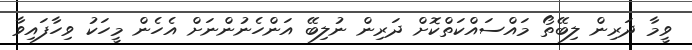
ވީމާ ދަރިން ލިބޭތޯ މައްސައްކަތްކޮށް ދަރިން ނުލިބޭ އަންހެނުންނަށް އެހެން މީހަކު ވިހާފައިވާ